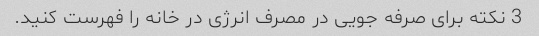
3 نکته برای صرفه جویی در مصرف انرژی در خانه را فهرست کنید.